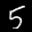
Label: 5